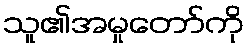
သူ၏အမှုတော်ကို